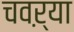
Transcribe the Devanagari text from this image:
चवऱ्या